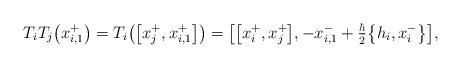
LaTeX: \begin{gather*}T_iT_j\big(x_{i,1}^+\big) = T_i\big(\big[x_{j}^+,x_{i,1}^+\big]\big) = \big[\big[x_i^+,x_j^+\big],-x_{i,1}^-+\tfrac{\hbar}{2}\big\{h_i,x_i^{-}\big\}\big],\end{gather*}